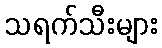
သရက်သီးများ